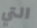
التي